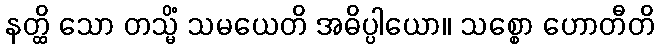
နတ္ထိ သော တသ္မိံ သမယေတိ အဓိပ္ပါယော။ သစ္စော ဟောတီတိ